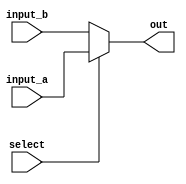
/// MIGUEL BEANVIDES

module mux2to1 #(
		
		parameter DW = 32

)
(
		input select,
		input [DW-1:0] input_a, input_b,
		output [DW-1:0] out

);

assign out = (select) ? input_a : input_b;
 
endmodule